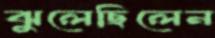
ঝুলেছিলেন